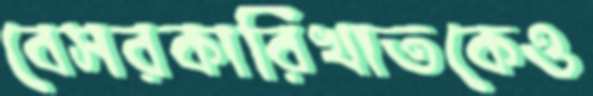
বেসরকারিখাতকেও